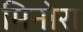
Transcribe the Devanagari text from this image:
मिनोरा